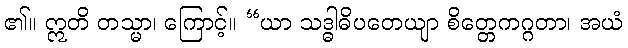
၏။ ဣတိ တသ္မာ၊ ကြောင့်။ “ယာ သဒ္ဓါဓိပတေယျာ စိတ္တေကဂ္ဂတာ၊ အယံ